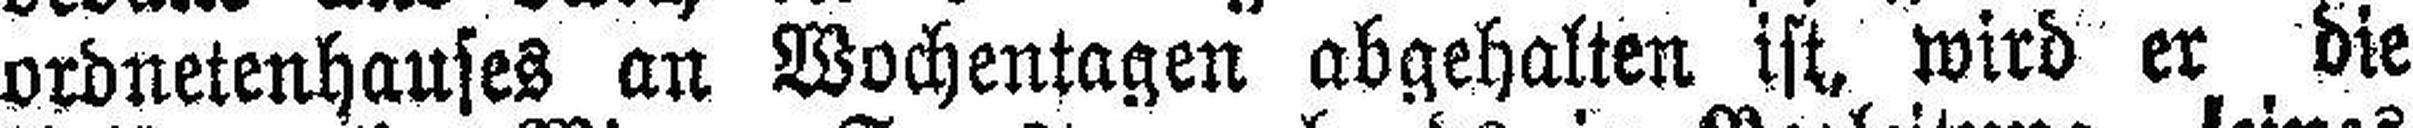
ordnetenhauses an Wochentagen abgehalten ist, wird er die